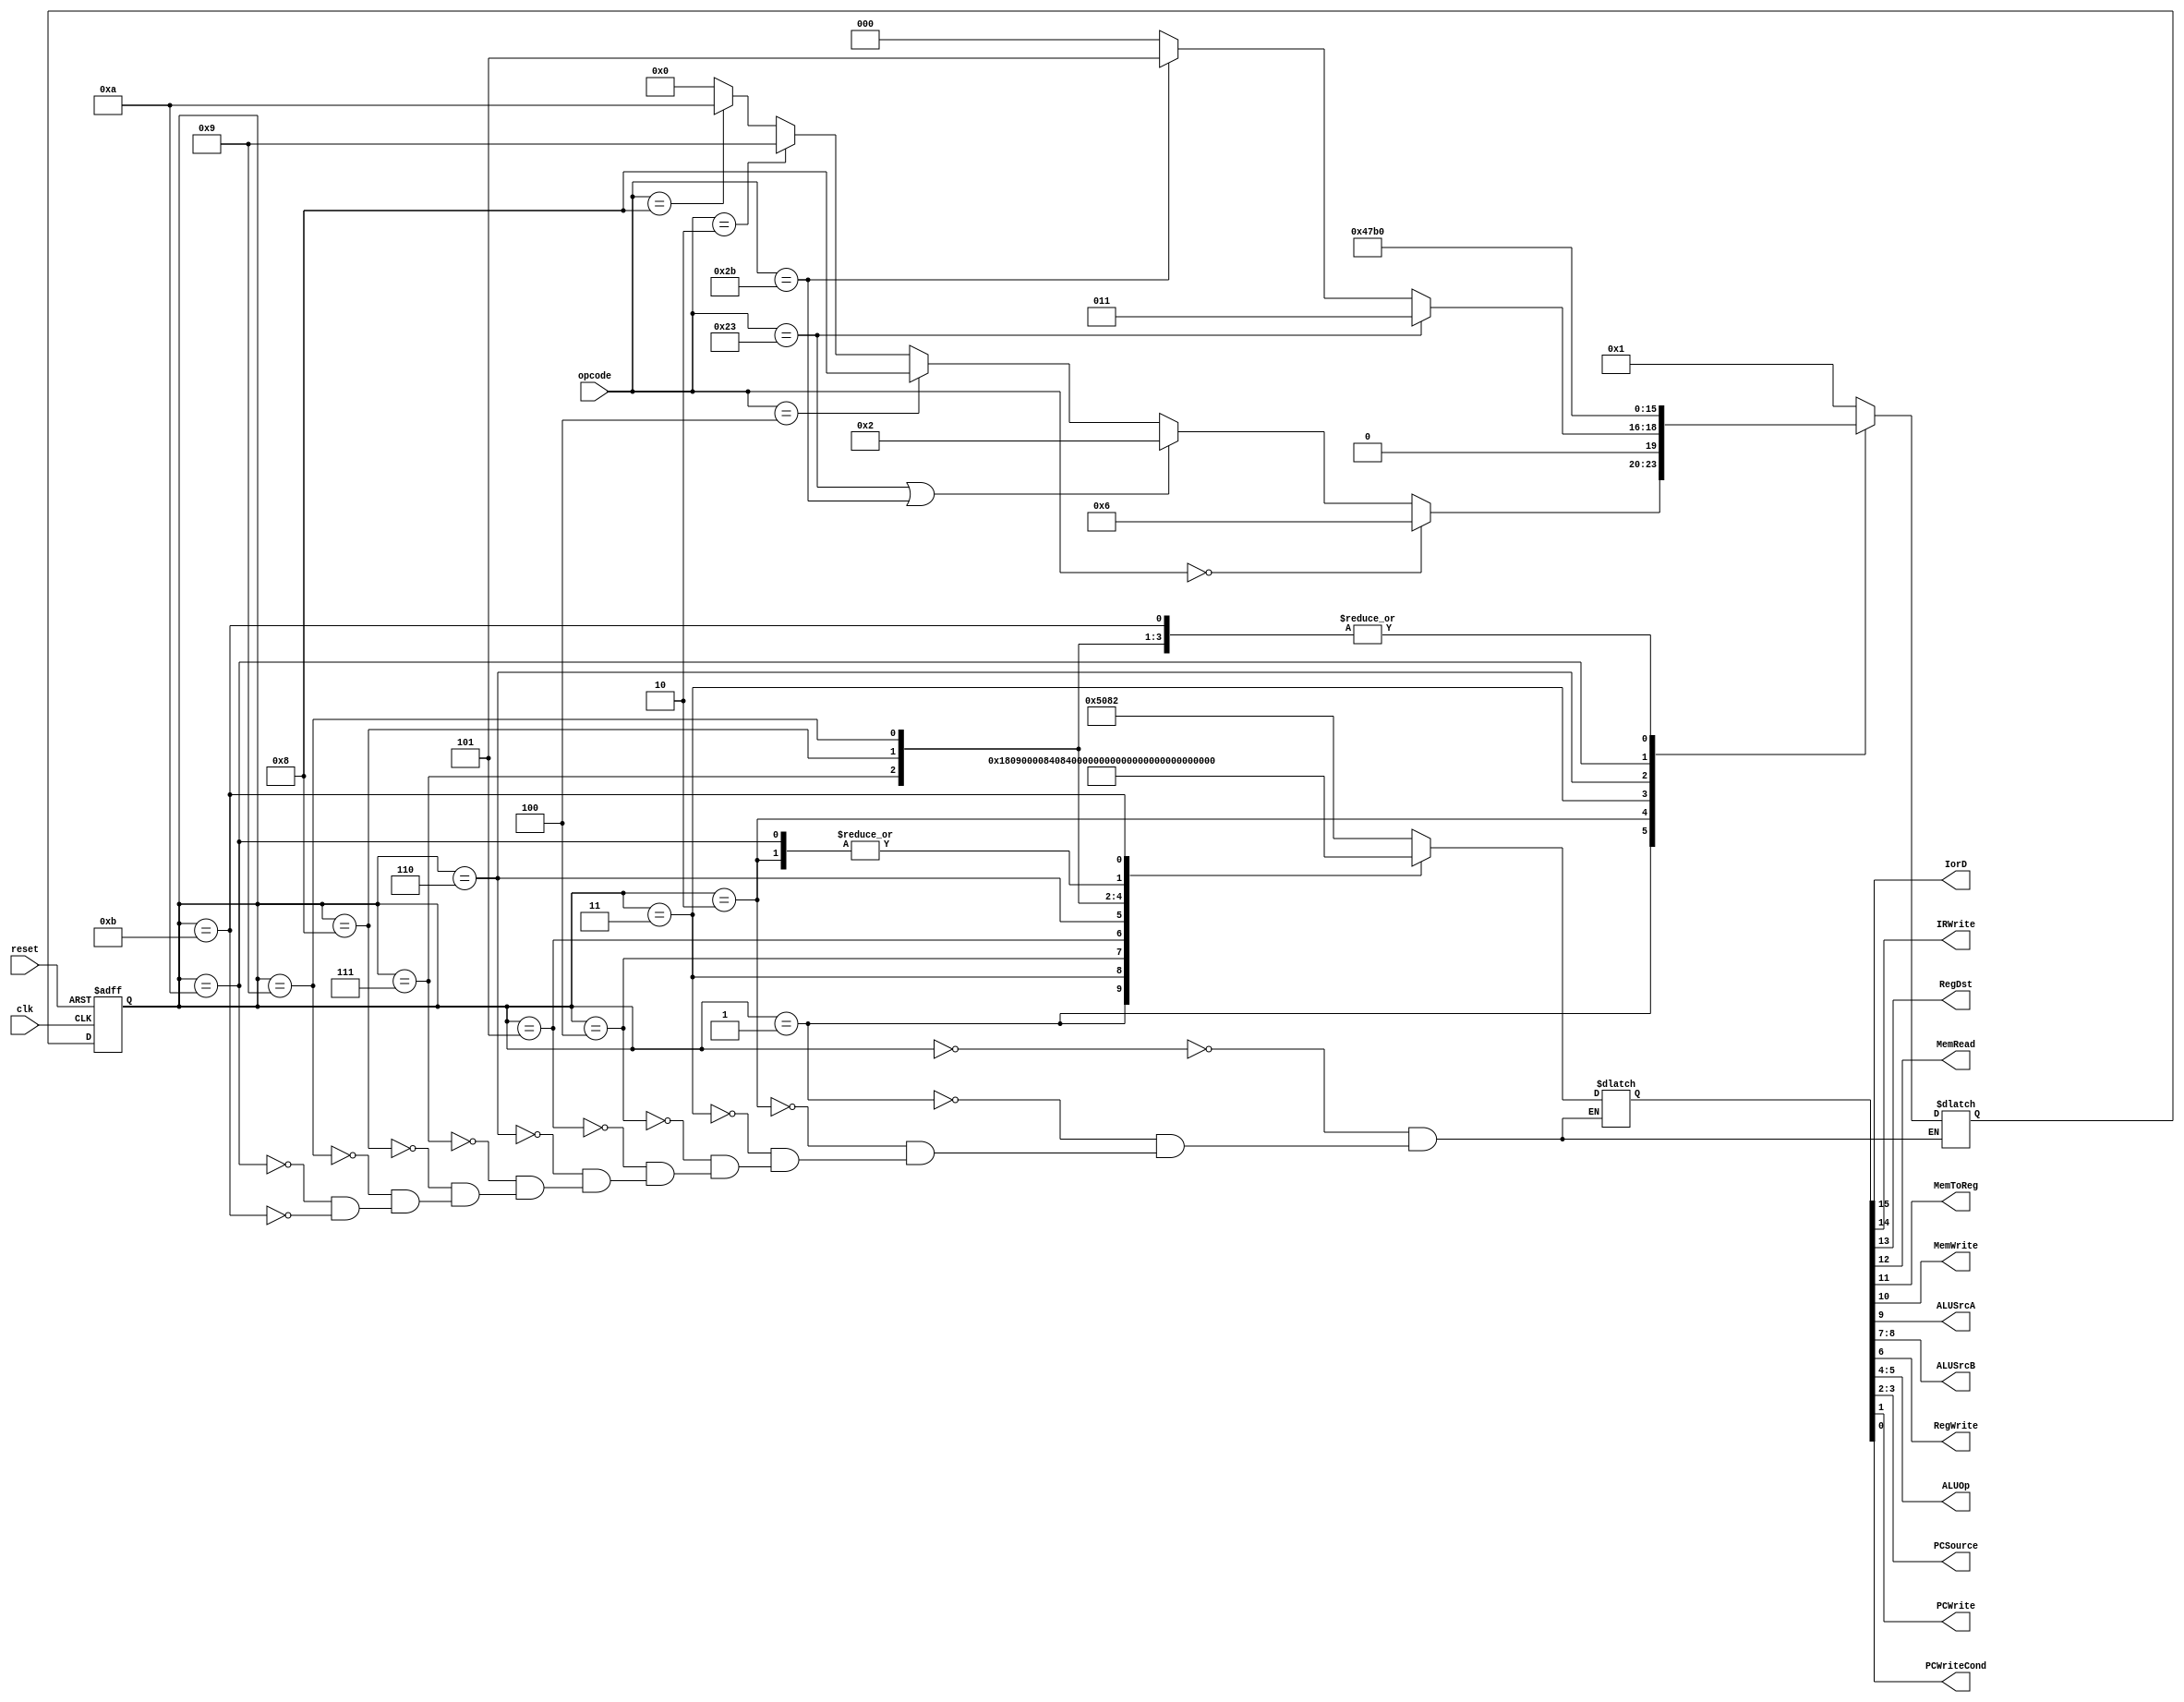
/* 	Author: Tobias Minn
	MIPS Multicycle Control FSM
*/

module MulticycleControlFSM(
	input			clk,
	input			reset,
	input	[5:0]	opcode,
	output			IorD,
	output			IRWrite,
	output  		RegDst,
	output			MemRead,
	output 			MemToReg,
	output 			MemWrite,
	output 			ALUSrcA,
	output 	[1:0]	ALUSrcB,
	output 			RegWrite,
	output 	[1:0]	ALUOp,
	output 	[1:0]	PCSource,
	output			PCWrite,
	output			PCWriteCond);


	reg [15:0] controlsignals;
	

	// define register for state and next state
	reg [3:0] state, nextstate;

	// define states
	parameter IF 		= 4'b0000;
	parameter ID 		= 4'b0001;
	parameter LWSW		= 4'b0010;
	parameter LW 		= 4'b0011;
	parameter LWWB		= 4'b0100;
	parameter SW 		= 4'b0101;
	parameter R 		= 4'b0110;
	parameter RCOMP 	= 4'b0111;
	parameter BEQ		= 4'b1000;
	parameter J			= 4'b1001;
	parameter ADDI		= 4'b1010;
	parameter ADDICOMP	= 4'b1011;


	//state register
    always @ (posedge clk, posedge reset)
    	if(reset)   state <= IF;
    	else        state <= nextstate;

	// next state logic
    always @ (*)
        case(state)
        	IF 		:	nextstate = ID;
			ID 		:	begin
							if(opcode == 0)
								// R-Type instruction
								nextstate = R;
							else if(opcode == 6'h23 || opcode == 6'h2b ) begin
								// LW or SW instruction
								nextstate = LWSW;
							end else if(opcode == 6'h04) begin
								// BEQ instruction
								nextstate = BEQ;
							end else if(opcode == 6'h02) begin
								// JUMP instruction
								nextstate = J;
							end else if(opcode == 6'h08) begin
								nextstate = ADDI;
							end else begin
								// unknown instruction
								nextstate = IF;
							end
						end 
			LWSW	:	begin
							if(opcode == 6'h23) begin
								nextstate = LW;
							end else if(opcode == 6'h2b) begin
								nextstate = SW;
							end else begin
								nextstate = IF;
							end
						end
			LW 		:	nextstate = LWWB;
			LWWB	:	nextstate = IF;
			SW		:	nextstate = IF;
			R 		:	nextstate = RCOMP;
			RCOMP	:	nextstate = IF;
			BEQ		:	nextstate = IF;
			J		: 	nextstate = IF;
			ADDI 	: 	nextstate = ADDICOMP;
			ADDICOMP: 	nextstate = IF;
        endcase

	assign {IorD, IRWrite, RegDst, MemRead, MemToReg, MemWrite, ALUSrcA, ALUSrcB, RegWrite, ALUOp, PCSource, PCWrite, PCWriteCond} = controlsignals;
    // output logic
    always @ (*)
        case(state)
        	IF 		:	controlsignals = 16'b0101000010000010;
        	ID 		:	controlsignals = 16'b0000000110000000;
        	LWSW 	:	controlsignals = 16'b0000001100000000;
        	LW 		:	controlsignals = 16'b1001000000000000;
        	LWWB 	:	controlsignals = 16'b0000100001000000;
        	SW 		:	controlsignals = 16'b1000010000000000;
        	R 		:	controlsignals = 16'b0000001000100000;
        	RCOMP	:	controlsignals = 16'b0010000001000000;
        	BEQ 	:	controlsignals = 16'b0000001000010101;
        	J 		:	controlsignals = 16'b0000000000001010;
        	ADDI 	: 	controlsignals = 16'b0000001100000000;
        	ADDICOMP: 	controlsignals = 16'b0000000001000000;
    	endcase

endmodule